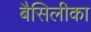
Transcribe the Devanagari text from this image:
बैसिलीका